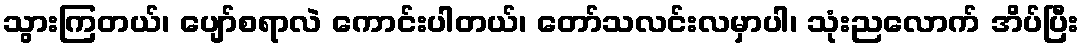
သွားကြတယ်၊ ပျော်စရာလဲ ကောင်းပါတယ်၊ တော်သလင်းလမှာပါ၊ သုံးညလောက် အိပ်ပြီး